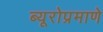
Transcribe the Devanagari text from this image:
ब्यूरोप्रमाणे